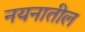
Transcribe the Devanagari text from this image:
नयनातील